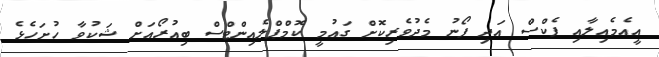
އީއެމެއިލާއި ފެކްސް އަދި ފޯނު މެދުވެރިކޮށް ގައުމީ ކޮމްޕްލެއިންޓްސް ބިއުރޯއަށް ޝަކުވާ ހުށަހެޅެ